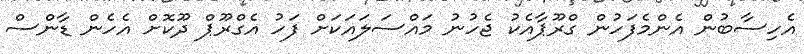
އެހިސާބުން އެންމެފަހުން ގްރޫޕާއެކު ޖެހުނު މައްސަލައަކަށް ފަހު އެގްރޫޕް ދޫކޮށް އެހެން ޑާންސް